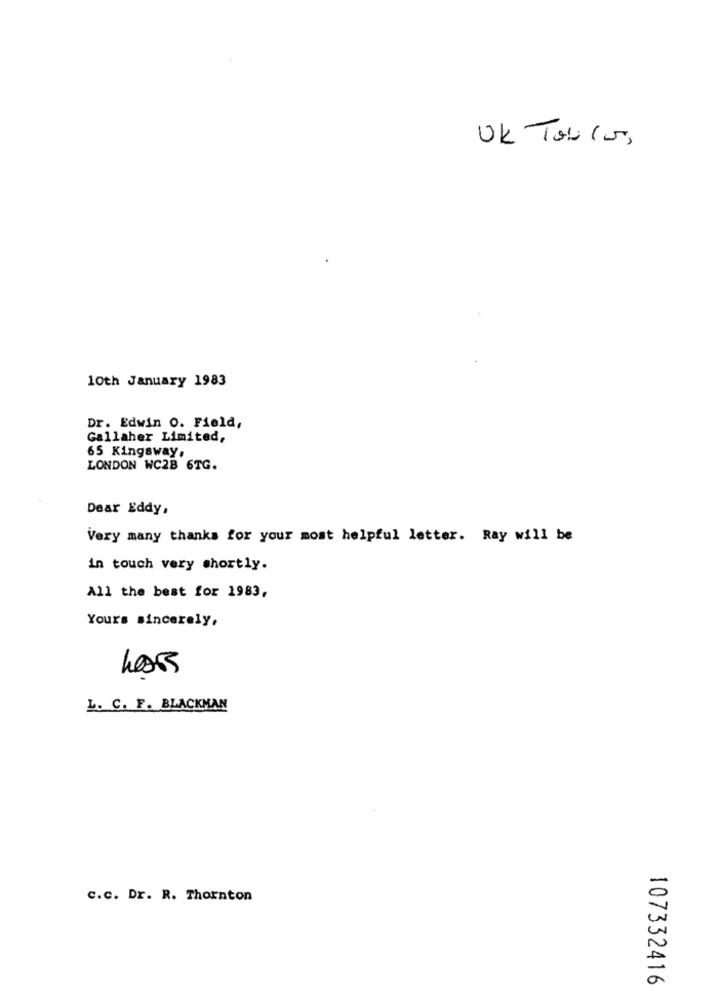
UK Tablo,
10th January 1983
Dr. Edwin 0. Field,
Gallaher Limited,
65 Kingsway.
LONDON WC2B 6TG.
Dear Eddy,
Very many thanks for your most helpful letter. Ray will be
in touch very shortly.
All the best for 1983,
Yours sincerely,
L. C. F. BLACKMAN
c.c. Dr. R. Thornton
107332416